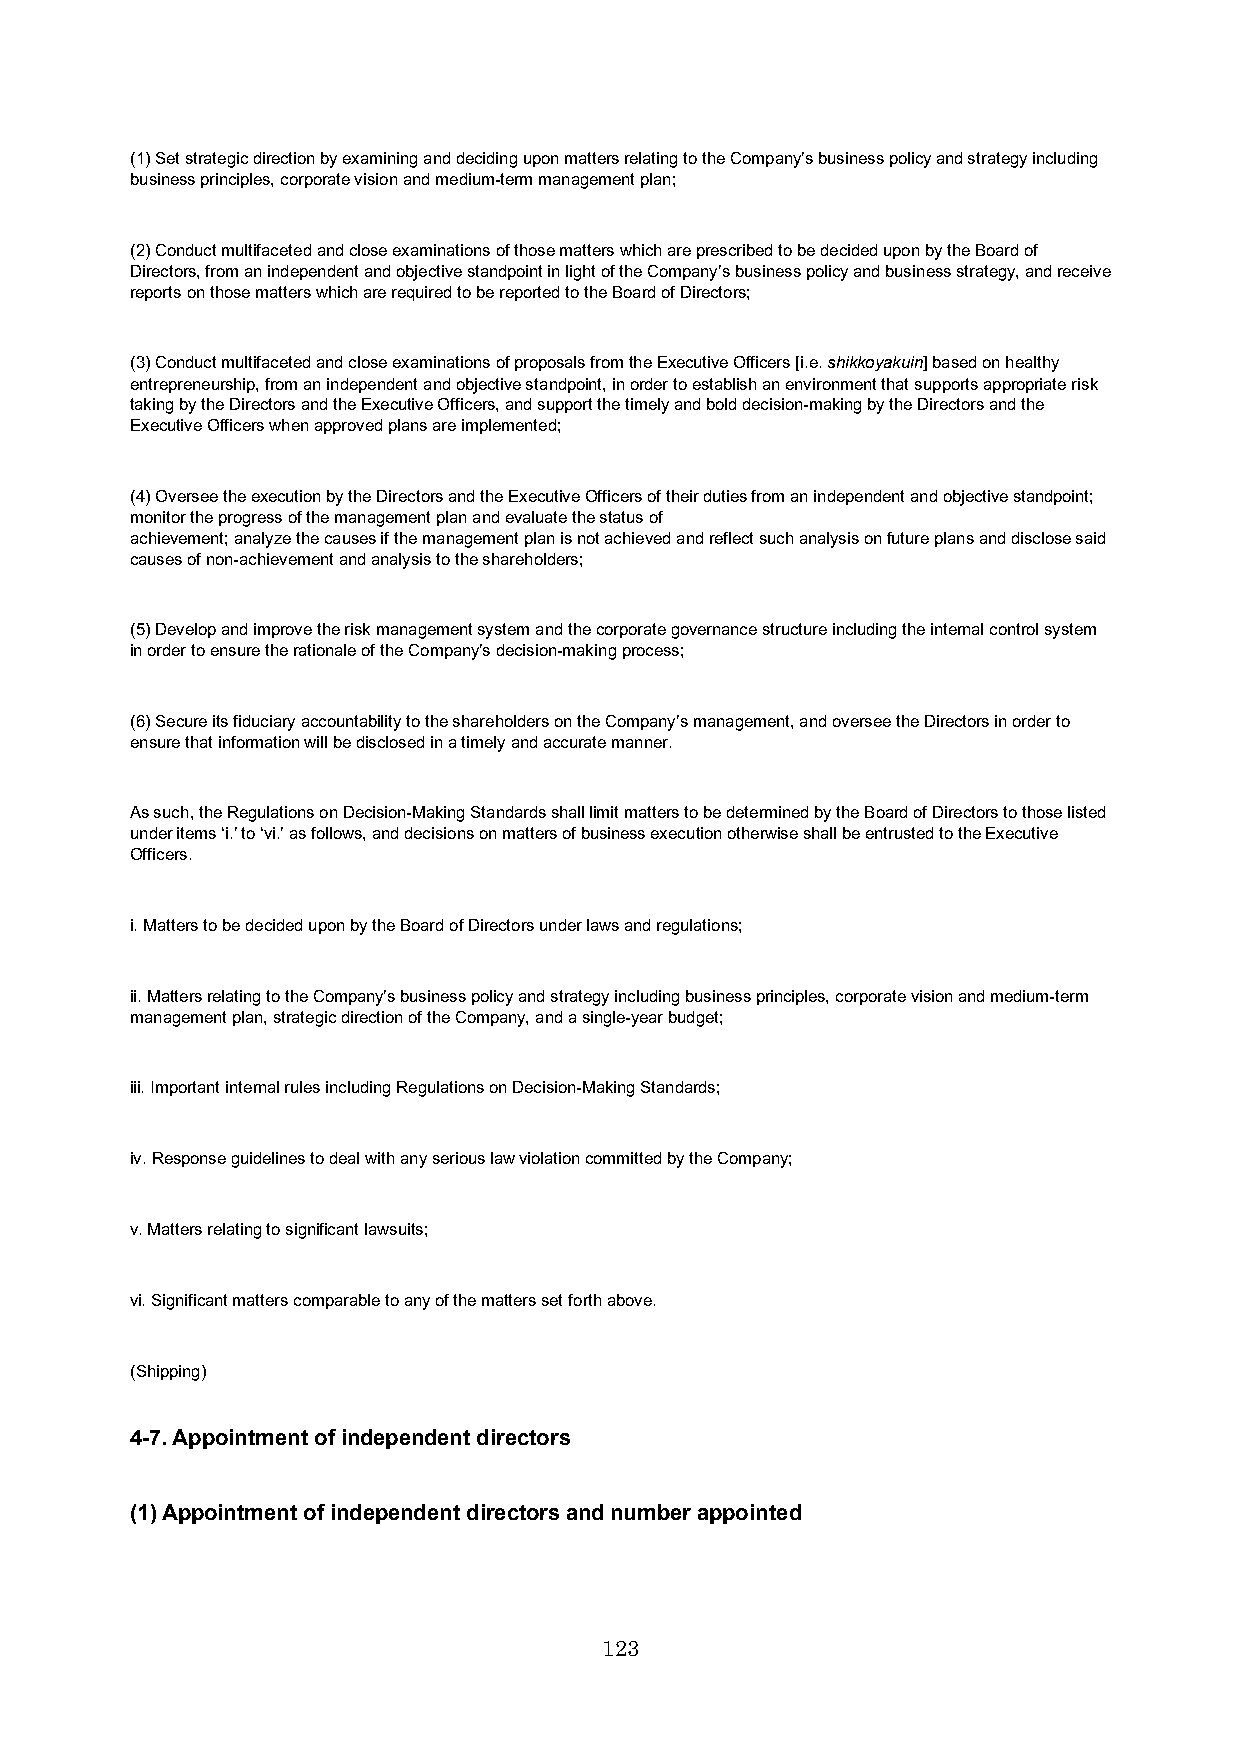
(1) Set strategic direction by examining and deciding upon matters relating to the Company’s business policy and strategy including
 business principles, corporate vision and medium-term management plan;
 (2) Conduct multifaceted and close examinations of those matters which are prescribed to be decided upon by the Board of
 Directors, from an independent and objective standpoint in light of the Company’s business policy and business strategy, and receive
 reports on those matters which are required to be reported to the Board of Directors;
 (3) Conduct multifaceted and close examinations of proposals from the Executive Officers [i.e. shikkoyakuin] based on healthy
 entrepreneurship, from an independent and objective standpoint, in order to establish an environment that supports appropriate risk
 taking by the Directors and the Executive Officers, and support the timely and bold decision-making by the Directors and the
 Executive Officers when approved plans are implemented;
 (4) Oversee the execution by the Directors and the Executive Officers of their duties from an independent and objective standpoint;
 monitor the progress of the management plan and evaluate the status of
 achievement; analyze the causes if the management plan is not achieved and reflect such analysis on future plans and disclose said
 causes of non-achievement and analysis to the shareholders;
 (5) Develop and improve the risk management system and the corporate governance structure including the internal control system
 in order to ensure the rationale of the Company’s decision-making process;
 (6) Secure its fiduciary accountability to the shareholders on the Company’s management, and oversee the Directors in order to
 ensure that information will be disclosed in a timely and accurate manner.
 As such, the Regulations on Decision-Making Standards shall limit matters to be determined by the Board of Directors to those listed
 under items ‘i.’ to ‘vi.’ as follows, and decisions on matters of business execution otherwise shall be entrusted to the Executive
 Officers.
 i. Matters to be decided upon by the Board of Directors under laws and regulations;
 ii. Matters relating to the Company’s business policy and strategy including business principles, corporate vision and medium-term
 management plan, strategic direction of the Company, and a single-year budget;
 iii. Important internal rules including Regulations on Decision-Making Standards;
 iv. Response guidelines to deal with any serious law violation committed bythe Company;
 v. Matters relating to significant lawsuits;
 vi. Significant matters comparable to any of the matters set forth above.
 (Shipping)
 4-7. Appointment of independent directors
 (1) Appointment of independent directors and number appointed
 123